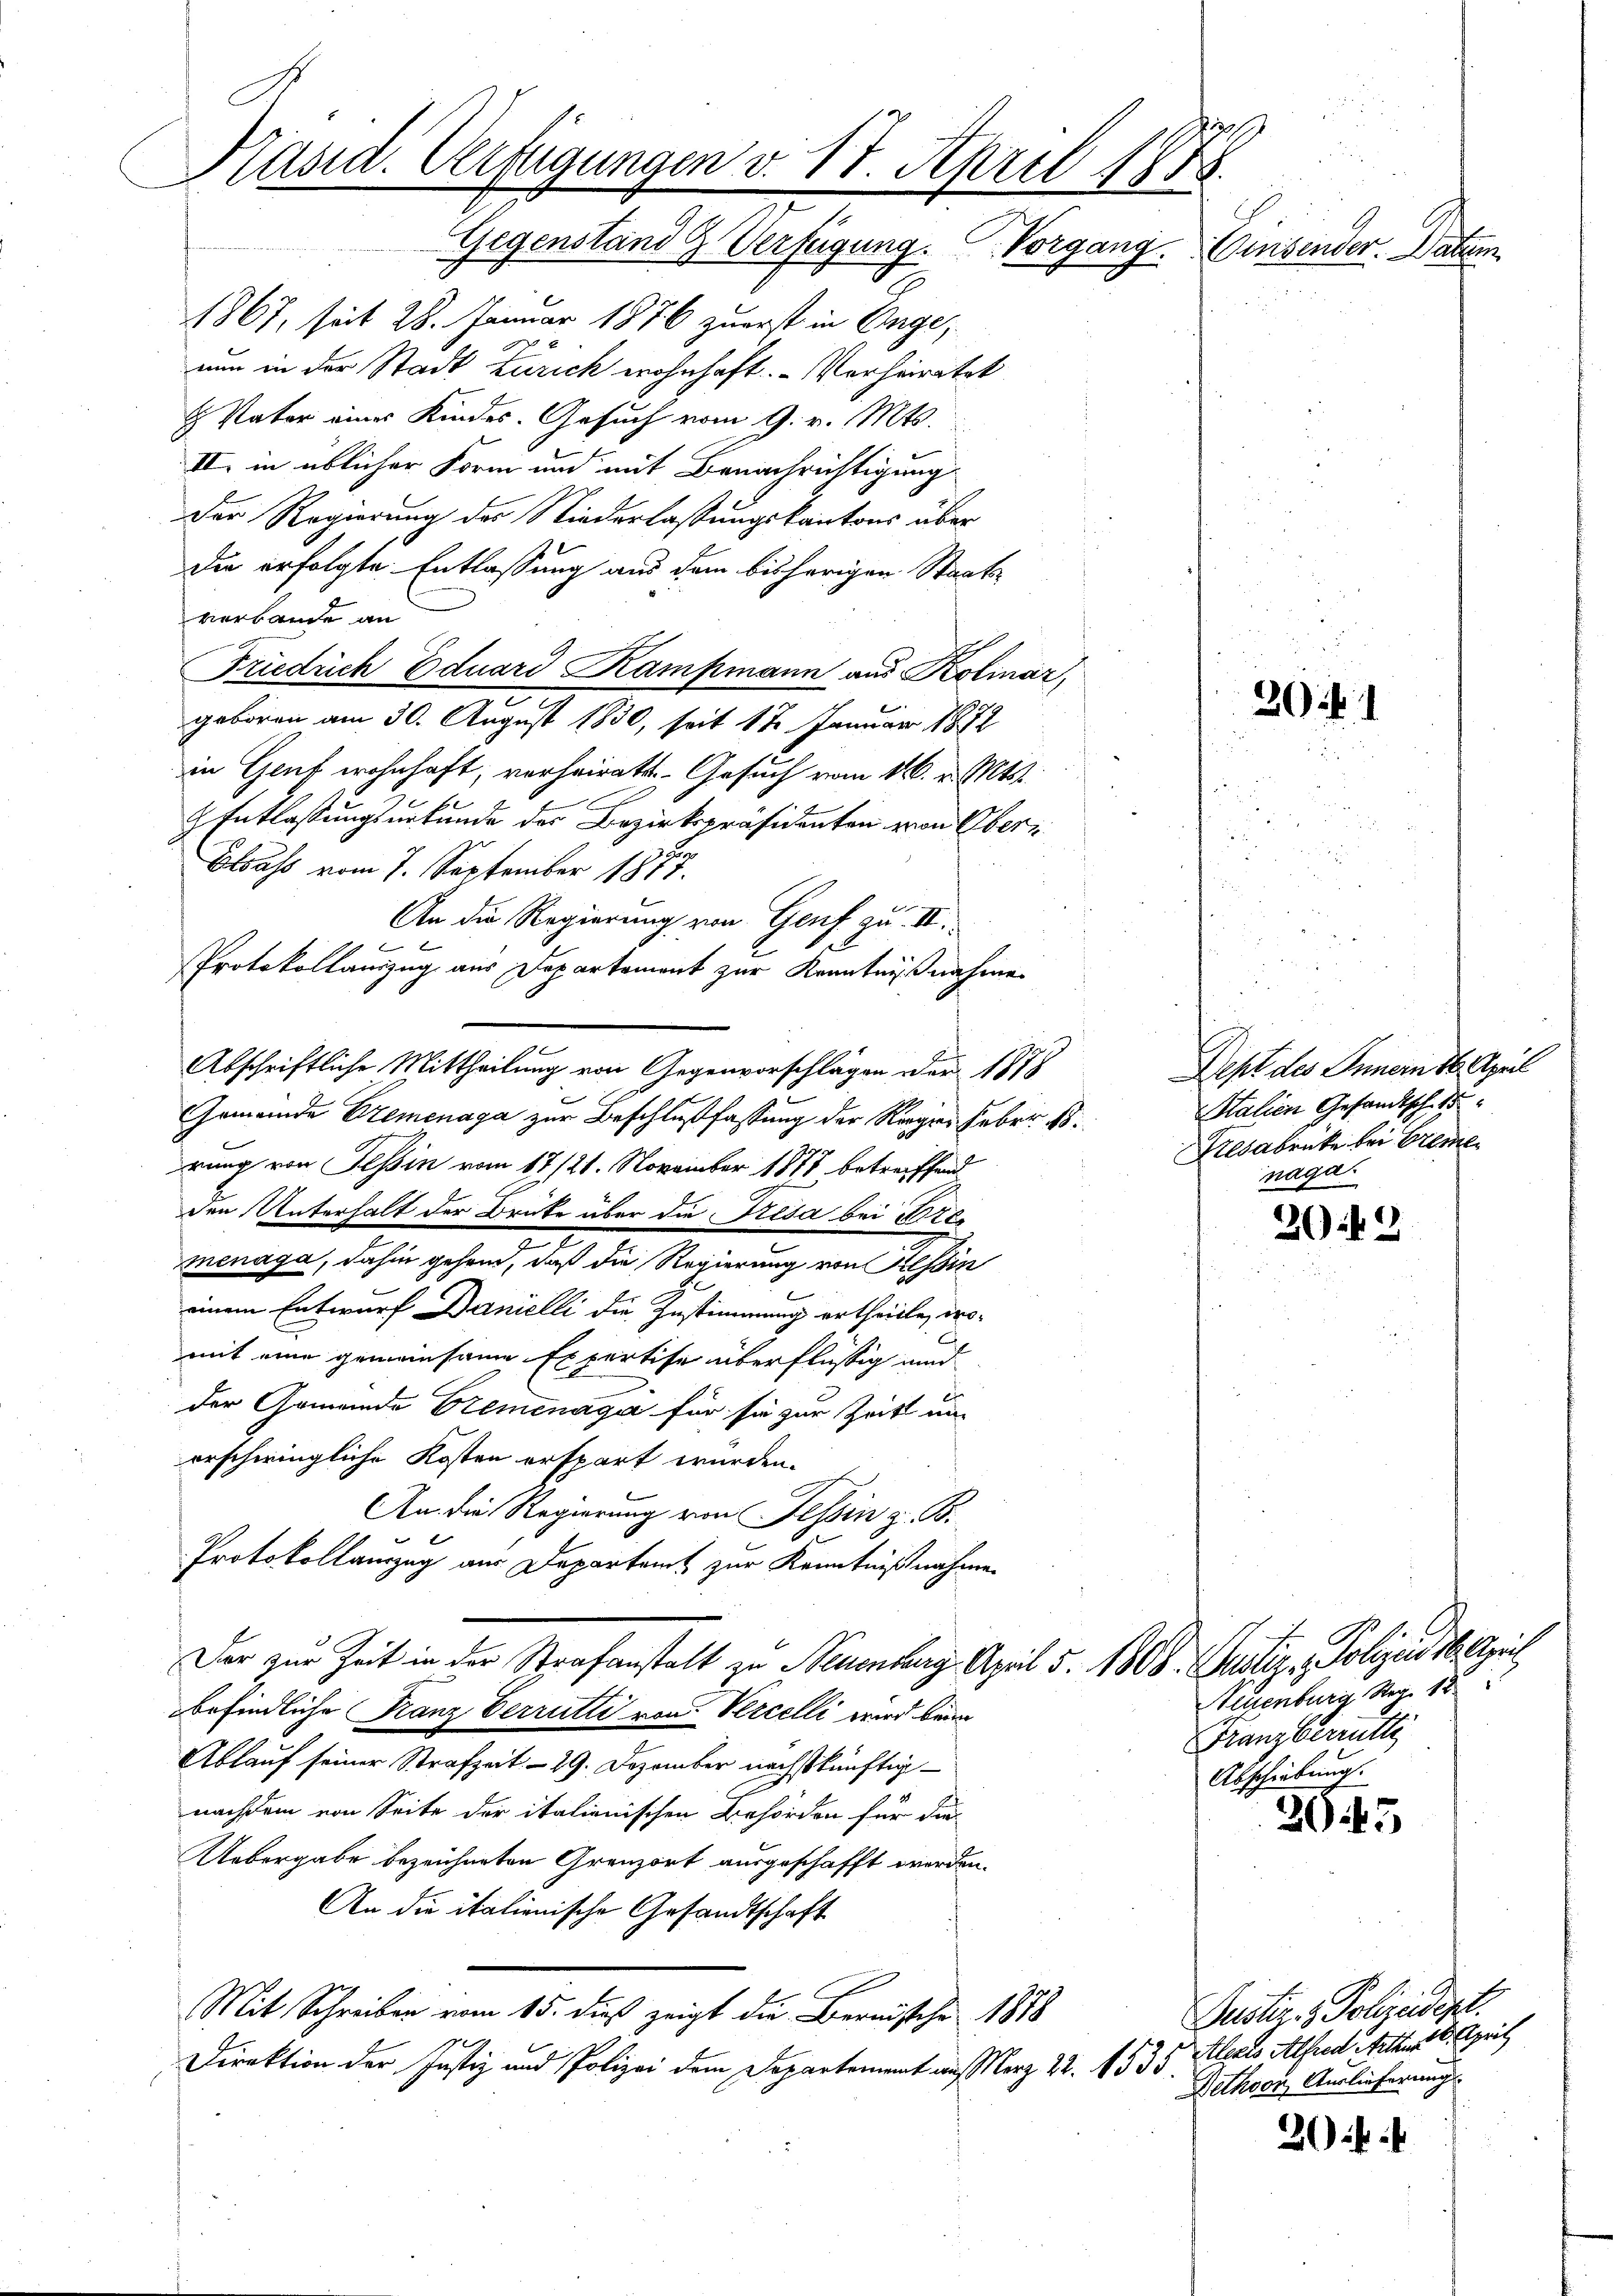
Präsid. Verfügungen v. 17. April 1888.
Gegenstand & Verfügung. Vorgang.
Einsender. Das

1867, seit 28. Januar 1876 zuerst in Enge,
nun in der Stadt Zürich wohnhaft. - Verheiratet
 Vater eines Kindes. Gesuch vom 9. v. Mts.
II. in üblicher Form und mit Benachrichtigung
Der Regierung des Niederlassungskantons über
die erfolgte Entlassung aus dem bisherigen Staats-
verbande an
Friedrich Eduard Kampmann aus Kolinar,
geboren am 30. August 1830, seit 12 Januar 1872
in Genf wohnhaft, verheirats Gesuch vom 16. v. Mts.
b
Entlassungsurkunde des Bezirkspräsidenten von Ober¬
Elsass vom 7. September 1877
An die Regierung von Genf zu. II.

Protokollanzug aus Departement zur Kenntnißnahme
Abschriftliche Mittheilung von Gegenvorschlägen der 1878
Gemeinde Bremenaga zur Beschlußfassung der Reges Feber 18.
rung von Tessin vom 17/21. November 1877 betreiffend
den Unterhalt der Brücke über die Fresa bei Bre¬
2
menaga, dahin gehend, daß die Regierung von Tessin
einem Entwurf Danielli die Zustimmung ertheilte, womit eine gemeinsame Expertise überflüßig und
der Gemeinde Bremenage für sie zur Zeit un
erschwingliche Kosten erspart wurden.
An die Regierung von Tessin z. B.
E
Protokollauszug aus Departamt zur Kenntnißnahmen
Dar zur Zeit in der Strafanstalt zu Neuenburg April 5. 1808. Justiz - Polizeide April
befindliche Franz Verrutti von Percelli wird beim
Ablauf seiner Strafzeit. - 29. Dezember nächstkünftignachdem von Seite der italienischen Behörden für die-
Uebergabe bezeichneten Gränz(...) ausgeschafft werden.
An die italienische Gesandtschaft
Mit Schreiben vom 15. dieß zeigt die Bernische 1888
Direktion der Justiz- und Polizei dem Departement ausserz 22. 1535.

201

2049

3045

20 ff

un

Dept des Innern 16. April
Salien Gesandtsch. 18
Resabrücke bei Breme
naga.

Neuenburg Stag. 18
Franzberrütte
Abschiebung.

Justiz - Polizeidigt.
Alerts Alfred Stetten 6. April
Dethoon, Auslieferung.